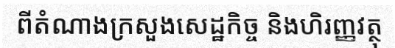
ពីតំណាងក្រសួងសេដ្ឋកិច្ច និងហិរញ្ញវត្ថុ